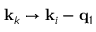
\mathbf { k } _ { k } \rightarrow \mathbf { k } _ { i } - \mathbf { q } _ { 1 }